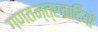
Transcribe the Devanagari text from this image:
गणतन्त्रवादियों